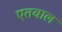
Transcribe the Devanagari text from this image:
एतवाल